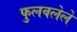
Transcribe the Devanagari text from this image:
फुलवलेले